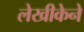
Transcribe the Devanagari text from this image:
लेखीकेने